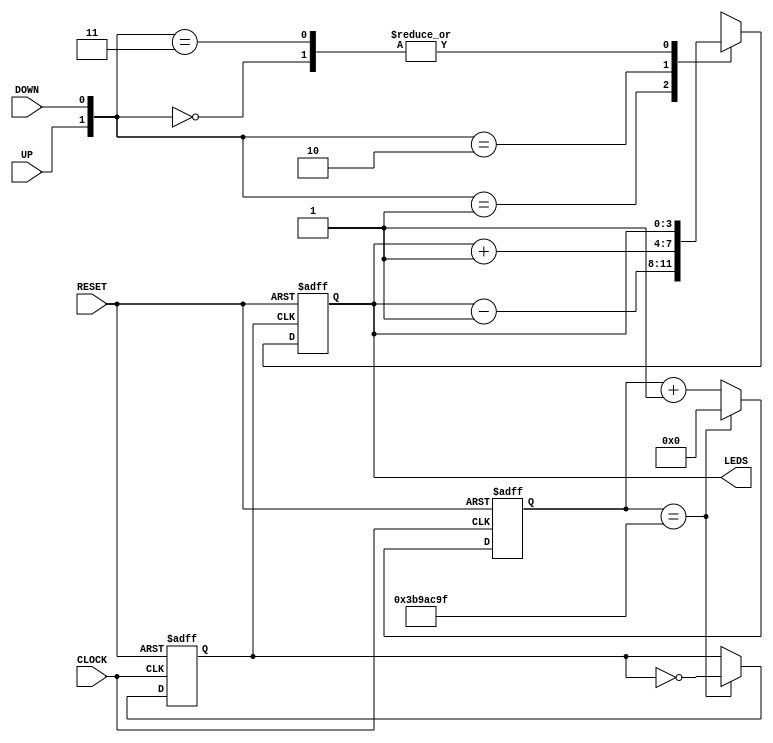
`timescale 1ns / 1ps

module counter(
         input CLOCK,RESET,UP,DOWN,
         output reg [3:0] LEDS
    ); 
    reg clk_div;
    reg [31:0] cnt;
    parameter frequency = 62500000 ;//125E6 - 1

   //Frequency_division
    always@(posedge CLOCK or posedge RESET) begin
        if(RESET) begin
            cnt <= 0;
            clk_div <= 0;
        end
        else begin
            if(cnt == frequency-1) begin
                clk_div <=~clk_div;
                cnt <= 0;
            end
            else cnt <= cnt+1;
        end
    end
    
    always@(posedge clk_div or posedge RESET) begin
        if(RESET) begin
            LEDS <= 4'd0;
         end
         else begin
            case({UP,DOWN})
                2'b00: LEDS <= LEDS;
                2'b01: LEDS <= LEDS - 1;
                2'b10: LEDS <= LEDS + 1;
                2'b11: LEDS <= LEDS;
            endcase
         end
     end
 
endmodule